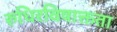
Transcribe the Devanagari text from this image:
रुधिरविषाक्तता